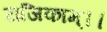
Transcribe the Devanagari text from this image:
राजिकाम्।।